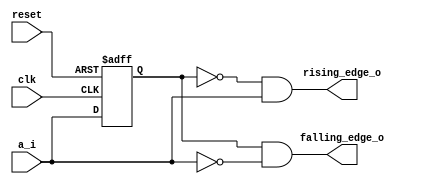
module day3 (clk,reset,a_i,rising_edge_o,falling_edge_o);
  input     wire    clk;
  input     wire    reset;

  input     wire    a_i;

  output    wire    rising_edge_o;
  output    wire    falling_edge_o;

  reg a_ff;

  always @(posedge clk or posedge reset)
    if (reset)
      a_ff <= 1'b0;
    else
      a_ff <= a_i;

  
  assign rising_edge_o = ~a_ff & a_i;

  assign falling_edge_o = a_ff & ~a_i;

endmodule